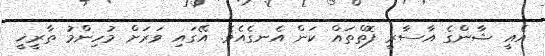
އެއީ ޝާންގެ އާސާރީ ފޮތްތައް ކަން އެނގެއެވެ. އޭގައި ވަރަށް މުހިންމު ތާރީޚީ